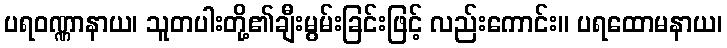
ပရဝဏ္ဏာနာယ၊ သူတပါးတို့၏ချီးမွမ်းခြင်းဖြင့် လည်းကောင်း။ ပရထောမနာယ၊